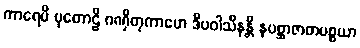
ကာရေမိ ပုတောဠိ ဂဏှိတုကာမော ဒီပဝါသီနန္တိ နပစ္ဆာဇာတပစ္စယာ